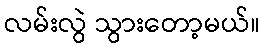
လမ်းလွဲ သွားတော့မယ်။